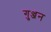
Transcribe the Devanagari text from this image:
गुञ्जन